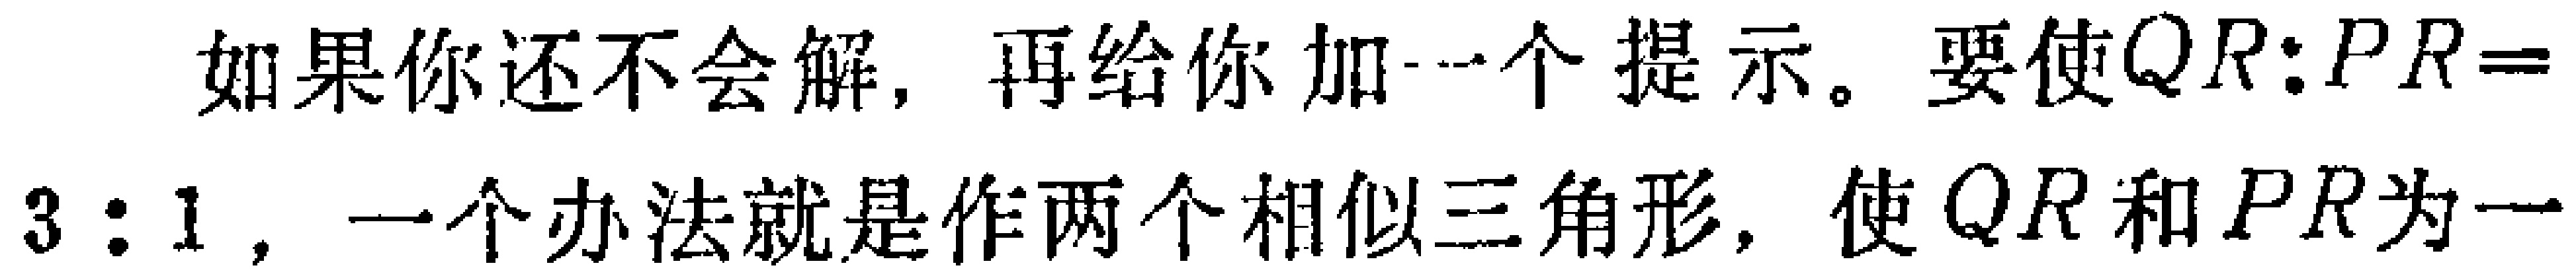
如果你还不会解，再给你加一个提示。要使$QR:PR = 3:1$，一个办法就是作两个相似三角形，使$QR$和$PR$为一